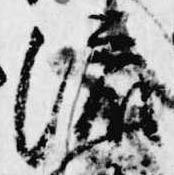
流